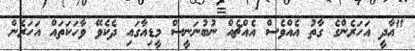
"އާދީ އަހަރެންގެ ގާތު އެއްވެސް އެއްޗެއް ނުބުނަނީސް މީޑިއާގައި ދެކެވޭ ވާހަކަތައް އަހަރެން